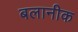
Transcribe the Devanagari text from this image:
बलानीक